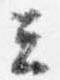
云